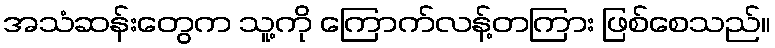
အသံဆန်းတွေက သူ့ကို ကြောက်လန့်တကြား ဖြစ်စေသည်။